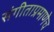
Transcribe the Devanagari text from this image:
संगीताप्रमाणेच